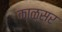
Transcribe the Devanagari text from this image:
काळ्सर